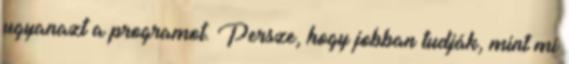
ugyanazt a programot. Persze, hogy jobban tudják, mint mi